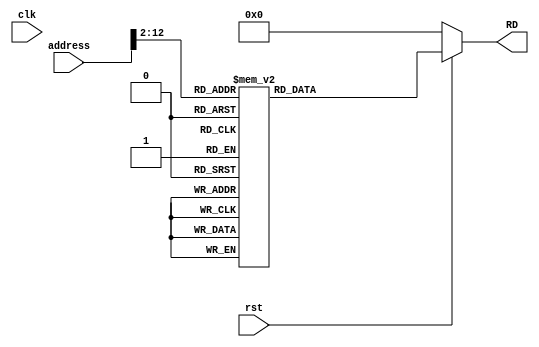
module INSTRUCTION_MEMORY(
    input [31:0]address,
    output reg[31:0] RD,
    input clk ,rst
);
reg [31:0] instruction_memory_registers[0:1024];
always @(*) begin
    if (!rst) begin
        RD<=32'b0;
    end
    else
    begin
      RD=instruction_memory_registers[address>>2];
    end
end

endmodule